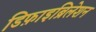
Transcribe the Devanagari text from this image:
डिफ़ाइब्रिलेशन